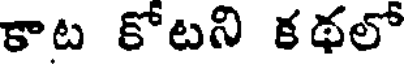
కాట కోటని కథలో